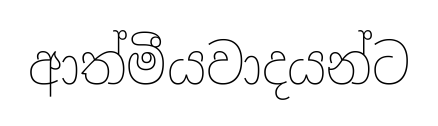
ආත්මීයවාදයන්ට